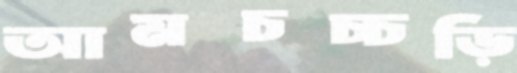
আমচচ্চড়ি